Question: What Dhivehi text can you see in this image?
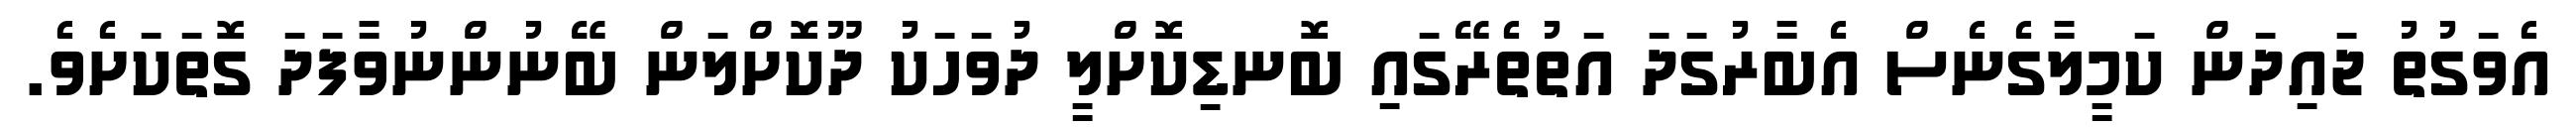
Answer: އެވަގުތު ޖައިދަން ކަމީލާގެނެސް އެބާރުގަދަ އަތުތެރޭގައި ބޮނޑިކޮށްލީ ދުވަހަކު ދޫކޮށްލަން ބޭނުންނުވާފަދަ ގޮތަކަށެވެ.